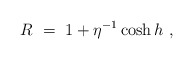
\begin{align*}R\ =\ 1 + \eta^{-1} \cosh h \ , \end{align*}